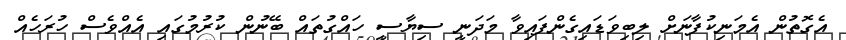
އެގޮތުން އެމަނިކުފާނަށް ލިބިވަޑައިގެންފައިވާ މަދަނީ ސިޔާސީ ހައްގުތައް ބޭނުން ކުރުމުގައި އެއްވެސް ހުރަހެއް